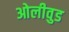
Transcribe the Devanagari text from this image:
ओलीवुड